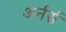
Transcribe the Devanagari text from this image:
अर्नर्स